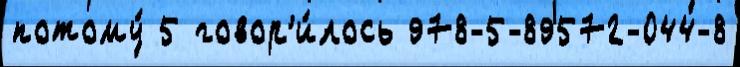
потому́ 5 говор'и́лось 978-5-89572-044-8